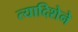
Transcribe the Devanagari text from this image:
त्यादिशेने